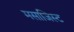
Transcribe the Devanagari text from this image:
मसाजिस्ट